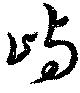
嶼